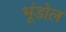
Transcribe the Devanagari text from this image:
भूंडोल